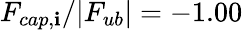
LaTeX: F_{cap,\mathbf{i}}/|F_{ub}|=-1.00